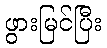
ဖွားမြင်ပြီး